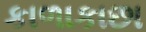
કાળાકાછા